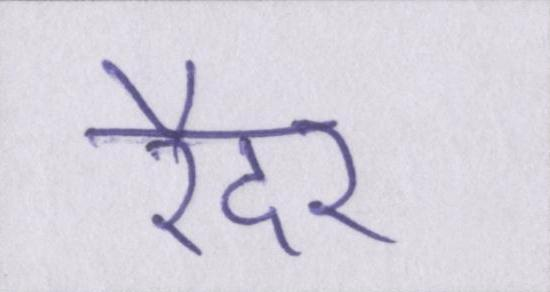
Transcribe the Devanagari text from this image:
रैदर